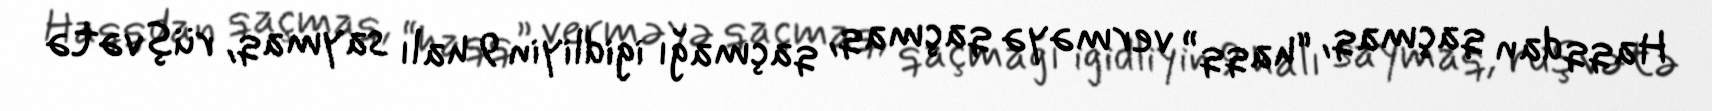
Haqqdan qaçmaq, “haqq” verməyə qaçmaq, qaçmağı igidliyin 9 halı saymaq, rüşvətə